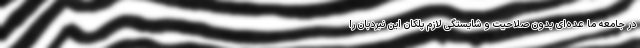
در جامعه ما عده‌ای بدون صلاحیت و شایستگی لازم پلکان این نبردبان را